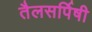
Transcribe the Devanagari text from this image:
तैलसर्पिषी